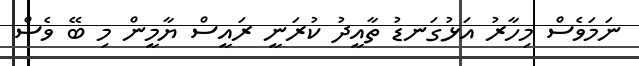
ނަމަވެސް މިހާރު އަޅުގަނޑު ތާއީދު ކުރަނީ ރައީސް ޔާމީން މި ބޭ ވެސް